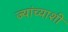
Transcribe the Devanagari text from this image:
ज्यांच्याशी